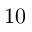
1 0